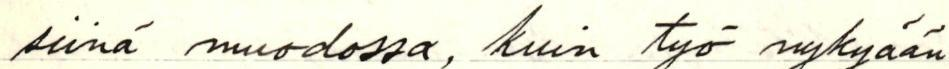
siinä muodossa, kuin työ nykyään